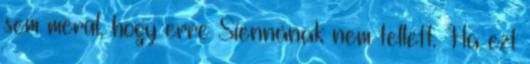
sem merül, hogy erre Siennának nem tellett. Ha ezt